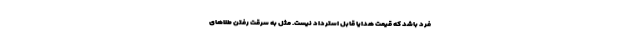
فرد باشد که قیمت هدایا قابل استرداد نیست. مثل به سرقت رفتن طلاهای